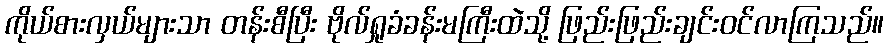
ကိုယ်စားလှယ်များသာ တန်းစီပြီး ဗိုလ်ရှုခံခန်းမကြီးထဲသို့ ဖြည်းဖြည်းချင်းဝင်လာကြသည်။